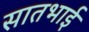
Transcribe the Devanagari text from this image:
सातभाई